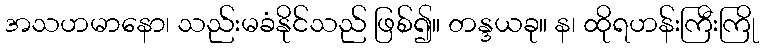
အသဟမာနော၊ သည်းမခံနိုင်သည် ဖြစ်၍။ တန္ဒယခု။ န၊ ထိုရဟန်းကြီးကြို